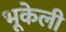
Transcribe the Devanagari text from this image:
भूकेली